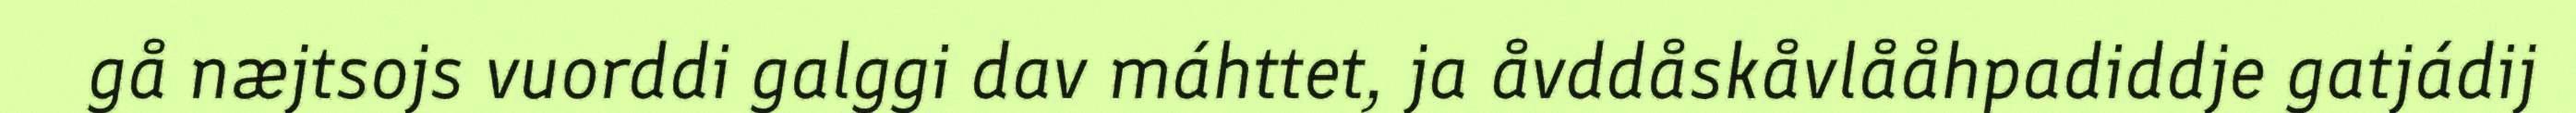
gå næjtsojs vuorddi galggi dav máhttet, ja åvddåskåvlååhpadiddje gatjádij